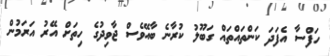
ހަފްސާ އެފަދަ ކަންތައްތައް ގަބޫލު ކުރާނެ ބާއޭވެސް ޖާވިދުގެ ހިތަށް އޭރު އަރަމުން